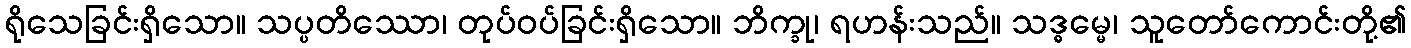
ရိုသေခြင်းရှိသော။ သပ္ပတိဿော၊ တုပ်ဝပ်ခြင်းရှိသော။ ဘိက္ခု၊ ရဟန်းသည်။ သဒ္ဓမ္မေ၊ သူတော်ကောင်းတို့၏